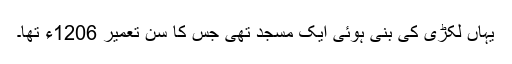
یہاں لکڑی کی بنی ہوئی ایک مسجد تھی جس کا سن تعمیر 1206ء تھا۔